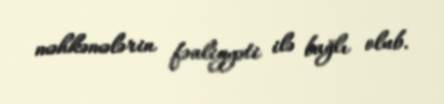
məhkəmələrin fəaliyyəti ilə bağlı olub.